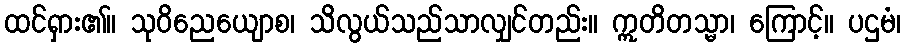
ထင်ရှား၏။ သုဝိညေယျောစ၊ သိလွယ်သည်သာလျှင်တည်း။ ဣတိတသ္မာ၊ ကြောင့်။ ပဌမံ၊